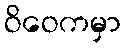
ဝိဝေကမှာ